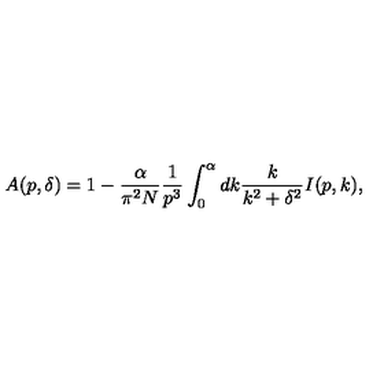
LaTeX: A ( p , \delta ) = 1 - \frac { \alpha } { \pi ^ { 2 } N } \frac { 1 } { p ^ { 3 } } \int _ { 0 } ^ { \alpha } d k \frac { k } { k ^ { 2 } + \delta ^ { 2 } } I ( p , k ) ,